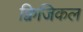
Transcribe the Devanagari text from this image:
क्विजिकल